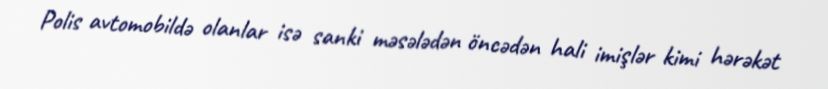
Polis avtomobildə olanlar isə sanki məsələdən öncədən hali imişlər kimi hərəkət